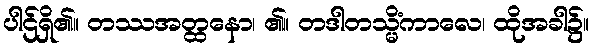
ပါဌ်ရှိ၏။ တဿအတ္ထနော၊ ၏။ တဒါတသ္မိံကာလေ၊ ထိုအခါ၌။